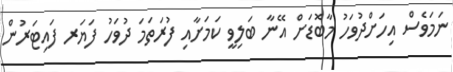
ނަމަވެސް އިހަށްދުވަހު މާބޮޑަށް އޭނާ ބަލިވީ ކަމަށާއި ފުރަތަމަ ދުވަހު ފަޔަރ ފައިޓަރުން